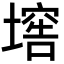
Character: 𡑛